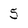
Character: 5